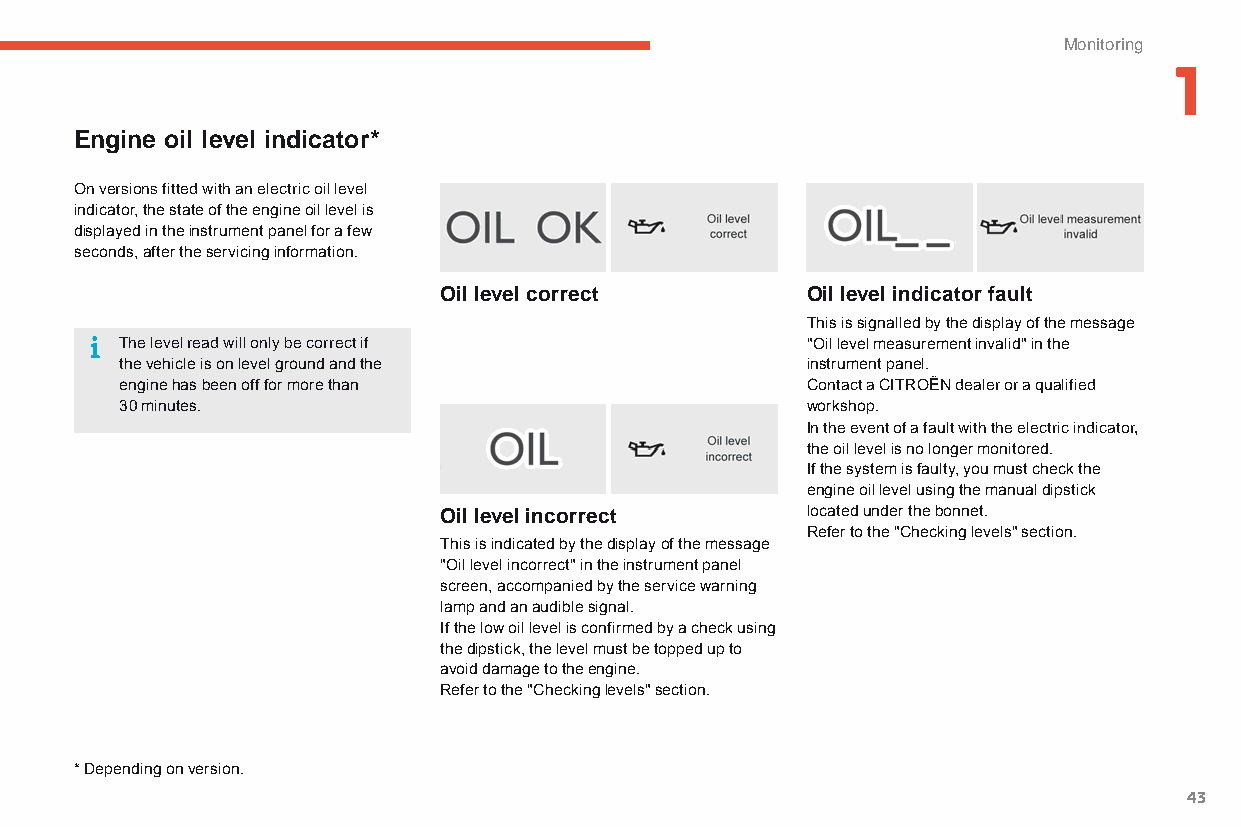
Monitoring
 1
 Engine oil level indicator*
 on versions fitted with an electric oil level
 indicator, the state of the engine oil level is
 displayed in the instrument panel for a few
 seconds, after the servicing information.
 Oil level correct       Oil level indicator fault
 This is signalled by the display of the message
 The level read will only be correct if       "Oil level measurement invalid" in the
 the vehicle is on level ground and the       instrument panel.
 engine has been off for more than            Contact a CITRoËn dealer or a qualified
 30 minutes.                                  workshop.
 In the event of a fault with the electric indicator,
 the oil level is no longer monitored.
 If the system is faulty, you must check the
 engine oil level using the manual dipstick
 Oil level incorrect     located under the bonnet.
 Refer to the "Checking levels" section.
 This is indicated by the display of the message
 "Oil level incorrect" in the instrument panel
 screen, accompanied by the service warning
 lamp and an audible signal.
 If the low oil level is confirmed by a check using
 the dipstick, the level must be topped up to
 avoid damage to the engine.
 Refer to the "Checking levels" section.
 * Depending on version.
 43
 C4-Picasso-II_en_Chap01_controle-de-marche_ed01-2015